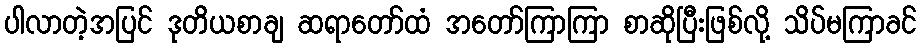
ပါလာတဲ့အပြင် ဒုတိယစာချ ဆရာတော်ထံ အတော်ကြာကြာ စာဆိုပြီးဖြစ်လို့ သိပ်မကြာခင်